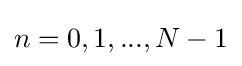
n=0,1,...,N-1